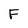
Character: F